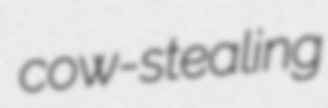
cow-stealing